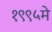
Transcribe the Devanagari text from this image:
१९९५मे